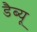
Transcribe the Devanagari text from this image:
डैब्यू